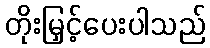
တိုးမြှင့်ပေးပါသည်